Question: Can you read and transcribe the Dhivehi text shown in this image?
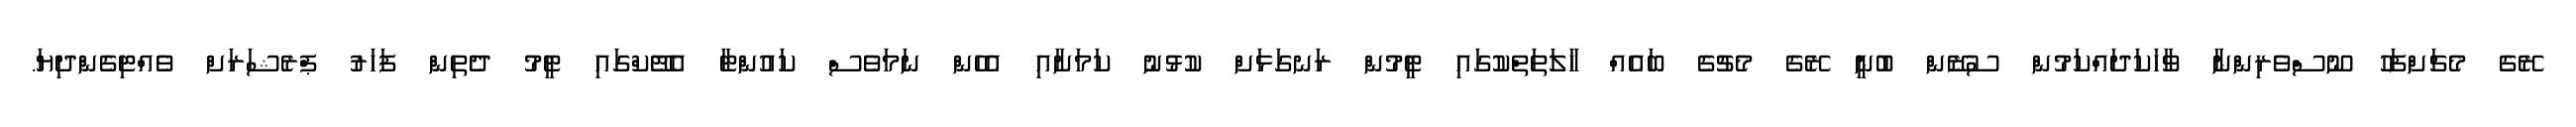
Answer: ރޭގެ މެޗަށްފަހު ނޫސްވެރިންނާ ވާހަކަދައްކަމުން ސުޒޭން ބުނީ ރޭގެ މެޗުގެ ބައެއް ހާލަތަތްކުގައި ޓީމުން ރަނގަޅަށް ކުޅުނު ކަމަށާއި އެހެން ނަމަވެސް ކައުންޓާ އެޓޭކްގައި ޓީމު ދެތިން ފަހަރު ޕްރެޝަރަށް ވެއްޓިގެންދިޔަ.